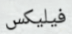
فيليكس